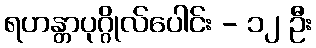
ရဟန္တာပုဂ္ဂိုလ်ပေါင်း - ၁၂ ဦး